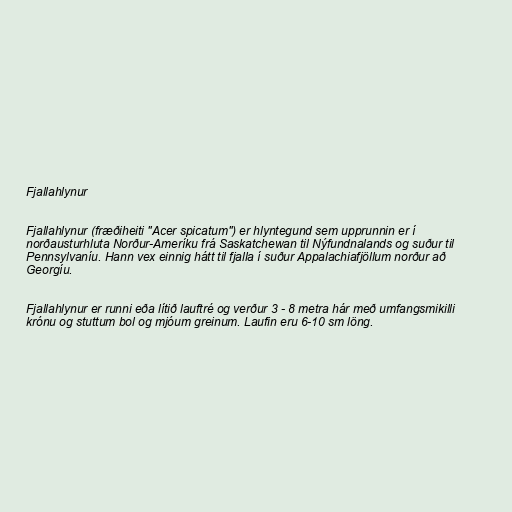
Fjallahlynur

Fjallahlynur (fræðiheiti "Acer spicatum") er hlyntegund sem upprunnin er í
norðausturhluta Norður-Ameríku frá Saskatchewan til Nýfundnalands og suður til
Pennsylvaníu. Hann vex einnig hátt til fjalla í suður Appalachiafjöllum norður að
Georgíu.

Fjallahlynur er runni eða lítið lauftré og verður 3 - 8 metra hár með umfangsmikilli
krónu og stuttum bol og mjóum greinum. Laufin eru 6-10 sm löng.